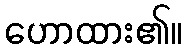
ဟောထား၏။